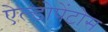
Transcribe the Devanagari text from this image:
ऐल्डोपेंटोस